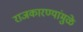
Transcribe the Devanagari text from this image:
राजकारण्यांमुळे